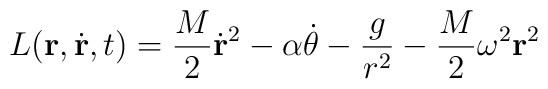
L( {\bf r}, \dot{\bf r}, t) = \frac{M}{2} \dot{\bf r}^2 - \alpha \dot{\theta}- \frac{g}{r^2} - \frac{M}{2} \omega^2 {\bf r}^2